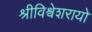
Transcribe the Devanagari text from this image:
श्रीविश्वेशरायो